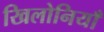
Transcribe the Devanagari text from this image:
खिलोनियाँ